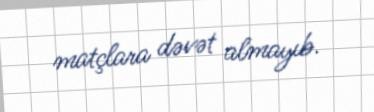
matçlara dəvət almayıb.